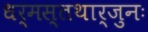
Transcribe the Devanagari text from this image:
धर्मस्तथार्जुनः